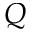
Q